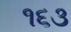
૧૬૩